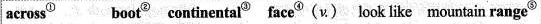
across^{①} boot^{②} continental^{③} face^{④} (v.) look like mountain range^{⑤}